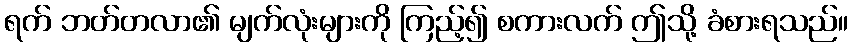
ရက် ဘတ်တလာ၏ မျက်လုံးများကို ကြည့်၍ စကားလက် ဤသို့ ခံစားရသည်။